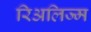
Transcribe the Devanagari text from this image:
रिअलिज्म